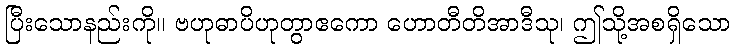
ပြီးသောနည်းကို။ ဗဟုဓာပိဟုတွာဧကော ဟောတီတိအာဒီသု၊ ဤသို့အစရှိသော